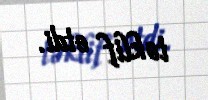
təklif etdi.